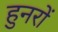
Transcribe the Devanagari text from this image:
हुनरों